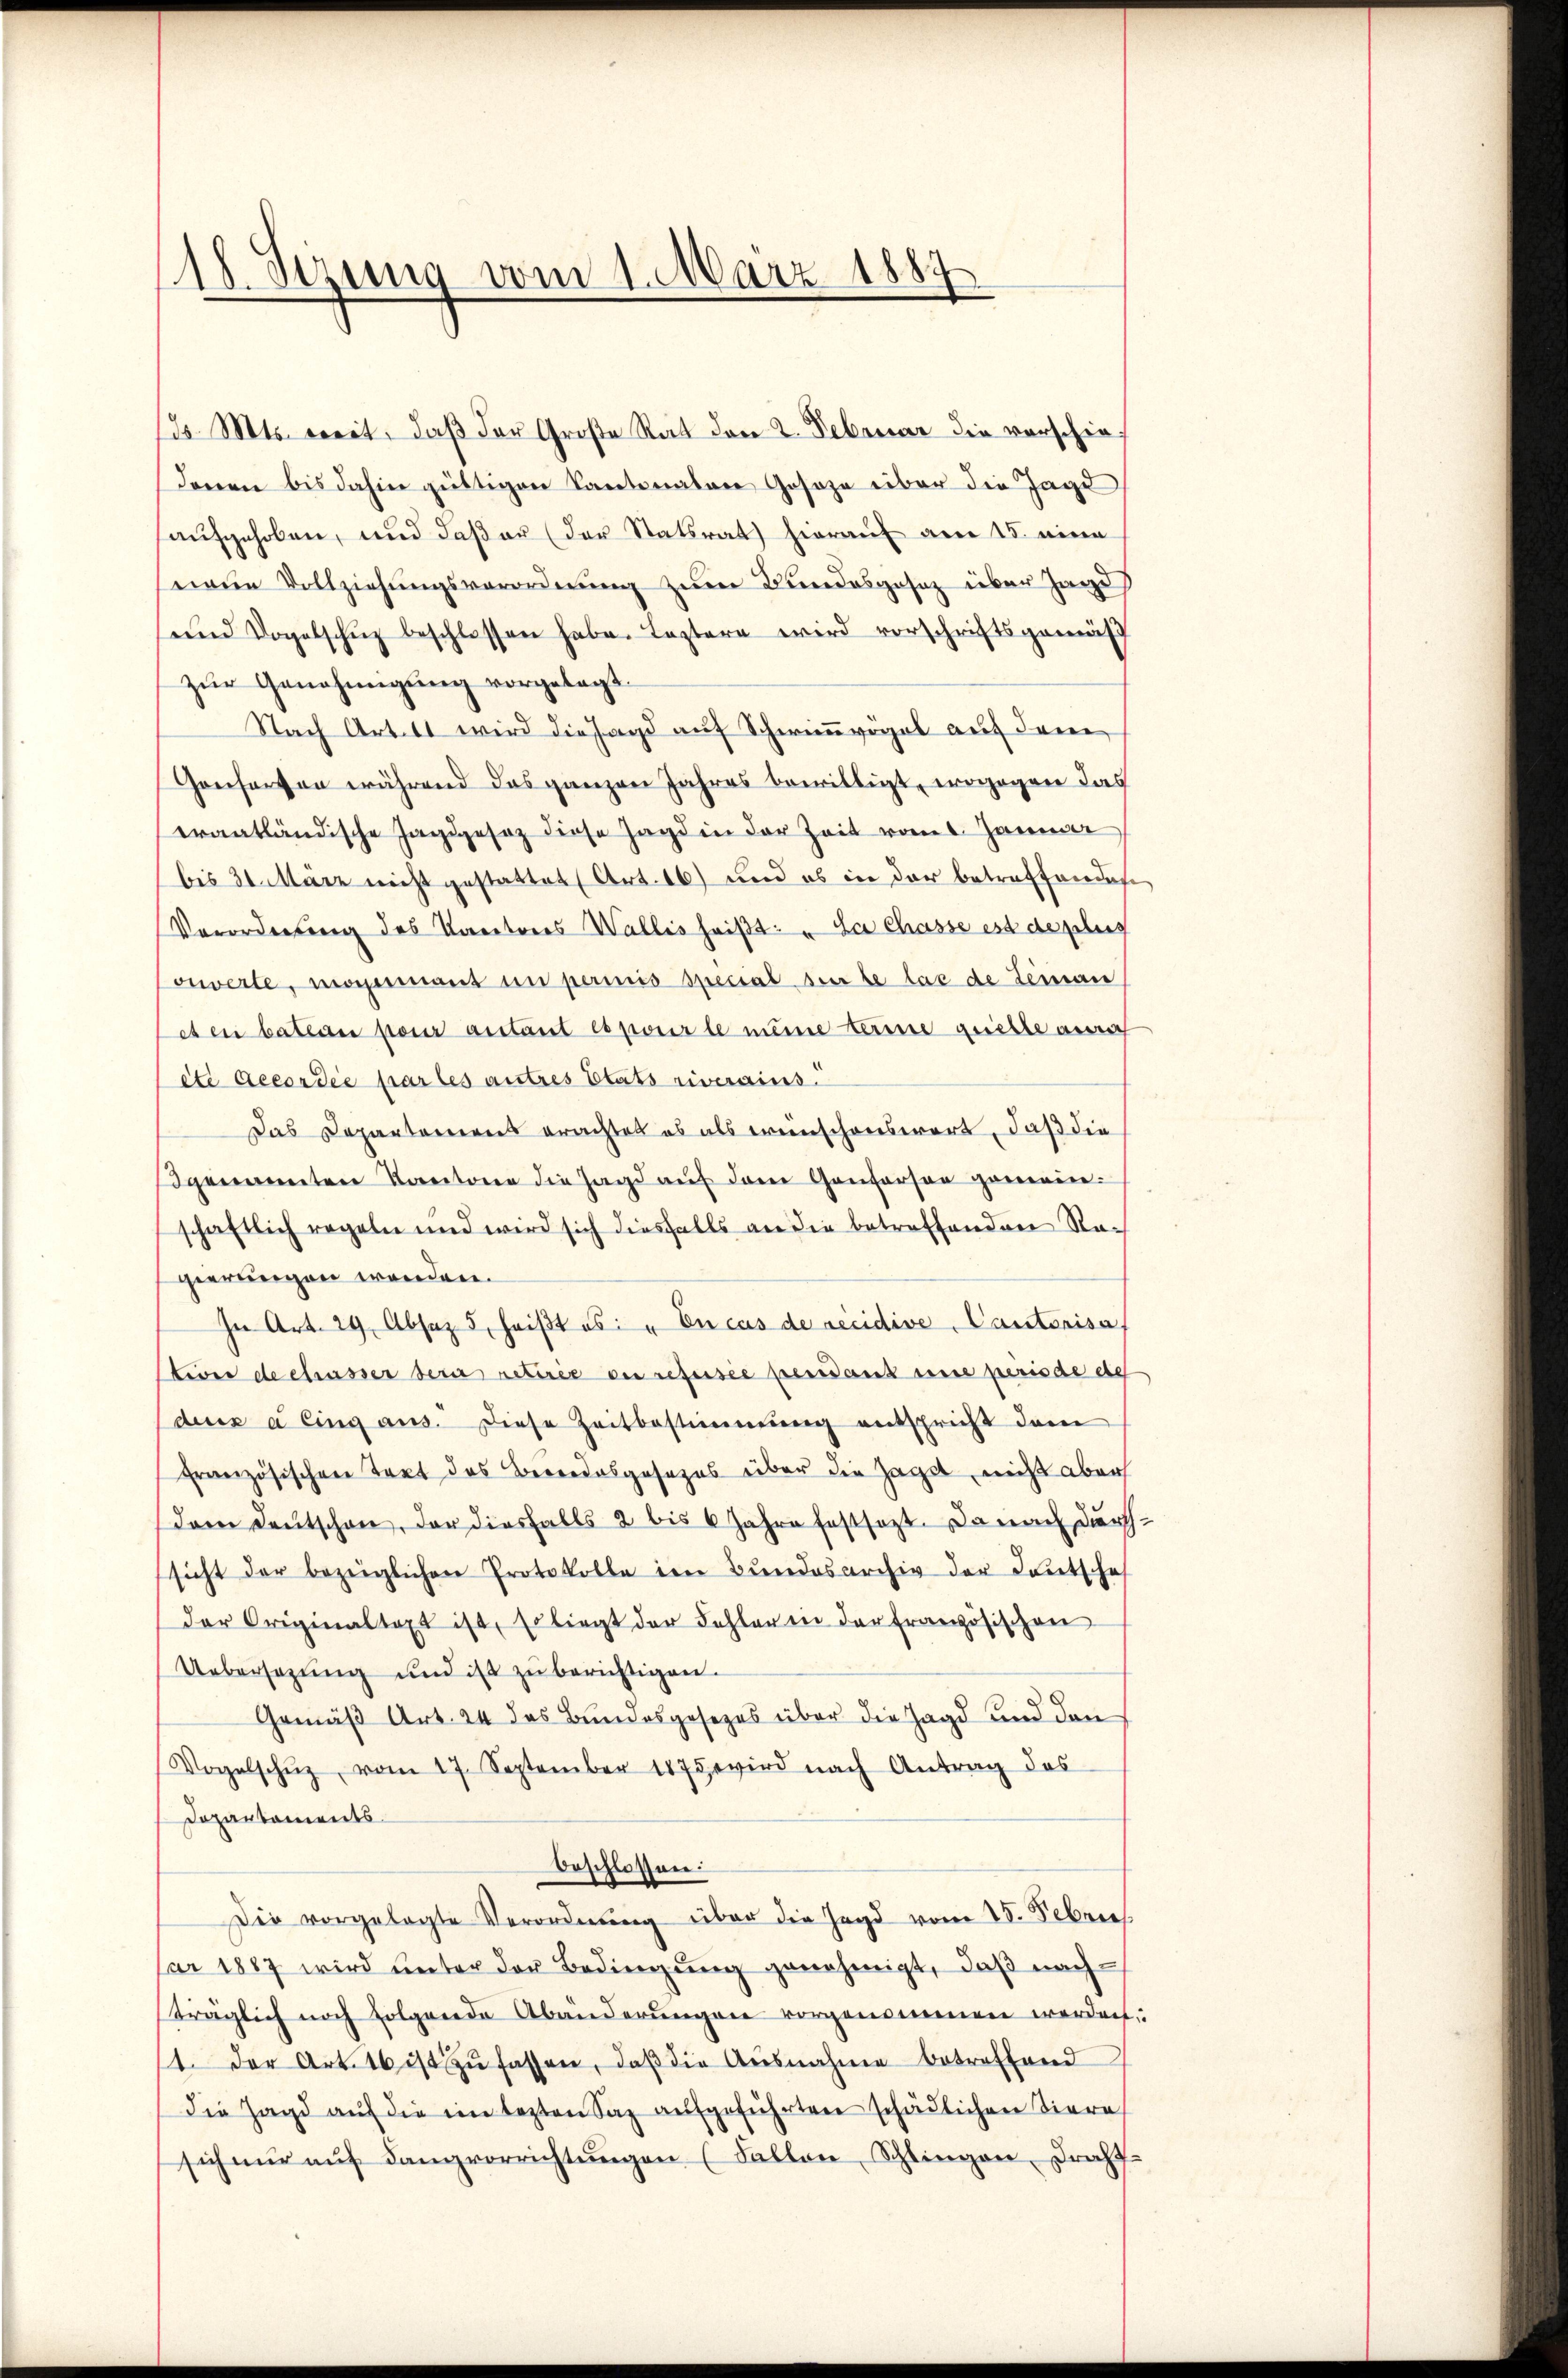
18 Sezing vom 1. März 1889

d. Mts. weit, daß der Große Rat den 2. Februar die vorschiedenen bis dahin gültigen Kantonalare Geseze über die Jage
aufgehoben, und daß er (der Statsrat hierauf am 15. einen
naue Vollziehŭngsverordnŭng zŭm Bundesgesetz über Jage
und Vogelschŭz beschlossen habe. Leztere wird vorschriftsgemäs
zŭr Genehmigung vorgelegt.
Nach Art. 11 wird die Jagd auf Schwimmvögel auf dem
Gonsorten während das ganzen Jahres bewilligt, wogegen das
erantländische Jagdgesez diese Jagd in der Zeit vom 6. Januar
bis 31. März nicht gestattet (Art. 16) und es in der betreffendes
Verordnung des Kapetores Wallis heißt: „La Chasse est de pleig
ouverte, moyennant in perinis special sur le las de Jeman
eten bateau pour autant es pour le meine eine guette anra
ete Accordée par les autres Etats riverains.
Das Departemens erachtet es als ereinschenswert, daß die
genannten Kantone die Jagd auf dem Ganterson gemeinschaftlich regeln und wird sich diesfalls an die betreffenden Ragierungen werden.
In Art. 29. Absaz 5, heißt es: „En cas de recidive, Cantonisa
tiver de chasser der retirée der refusée pendant une periode de
deux a ling aus. Diese Zeitbestimmung entspricht dam
französischen Text das Bedendesgesezes über die Hagel, nicht aber
Dem Deutschon, der diesfalls 2 bis 6 Jahre festsezt. Da nach durch
sicht der bezeiglichen Protokolle im Bundesarchiv der Teutsche
der Originaltaxt ist, Er liegt der Fehler in der französischen
Uebersezung und ist zu berichtigen.
Gemäß Art. 24 das Bundesgesetzes über die Jagd und den
Vogelschŭz, vom 17. September 1875 wird nach Antrag des
Dopartements
beschlossen:
Die vorgelegte Verordnŭng über die Jagd vom 25. Febrie
Car 1887 wird unter der Bedingung genehmigt, daß nachträglich noch folgende Abänderungen vorgenommen werden.
1. Der Art. 16 ist zŭ fassen, daβ die Ausnahme betreffend
die Jagd aŭf die im lezten Saz aŭfgeführten schädlichen Tiere,
sich nŭr aŭf Langvorrichtŭngen (Fallen Schlingen Draht

2